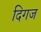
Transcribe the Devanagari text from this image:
दिगज